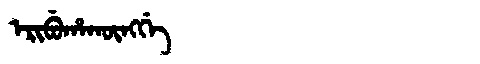
Manchu: ᡝᡵᡳᠪᡠᡥᠠᡴᡡᠩᡤᡝ
Romanization: ERIBUHAKŪNGGE